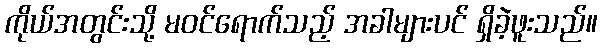
ကိုယ်အတွင်းသို့ မဝင်ရောက်သည့် အခါများပင် ရှိခဲ့ဖူးသည်။